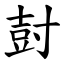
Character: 尌